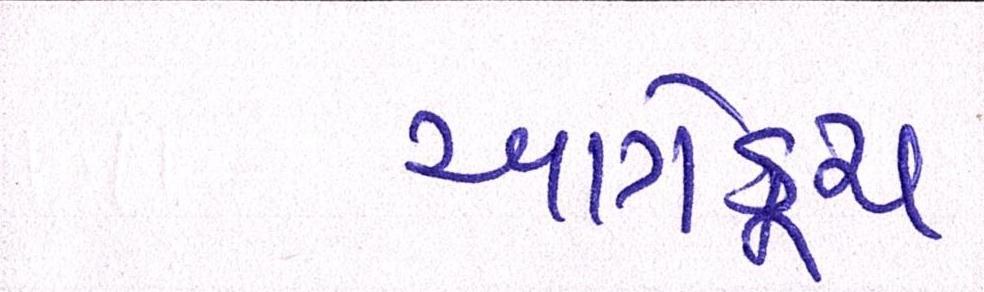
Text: આગેકૂચ